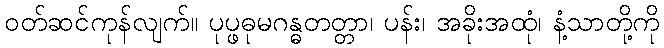
ဝတ်ဆင်ကုန်လျက်။ ပုပ္ဖဓုမဂန္ဓတတ္တာ၊ ပန်း၊ အခိုးအထုံ၊ နံ့သာတို့ကို